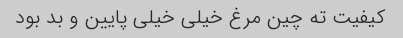
کیفیت ته چین مرغ خیلی خیلی پایین و بد بود